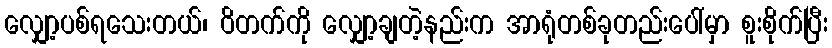
လျှော့ပစ်ရသေးတယ်၊ ဝိတက်ကို လျှော့ချတဲ့နည်းက အာရုံတစ်ခုတည်းပေါ်မှာ စူးစိုက်ပြီး